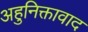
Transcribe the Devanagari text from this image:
अहुनिक्तावाद